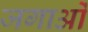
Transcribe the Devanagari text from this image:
जगाओं